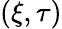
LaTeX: (\xi,\tau)